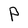
Character: P